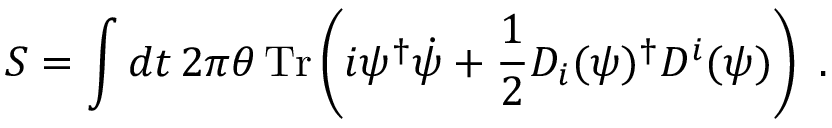
{ \cal S } = \int d t \, 2 \pi \theta \, \mathrm { T r } \left( i \psi ^ { \dagger } \dot { \psi } + \frac { 1 } { 2 } D _ { i } ( \psi ) ^ { \dagger } D ^ { i } ( \psi ) \right) ~ .